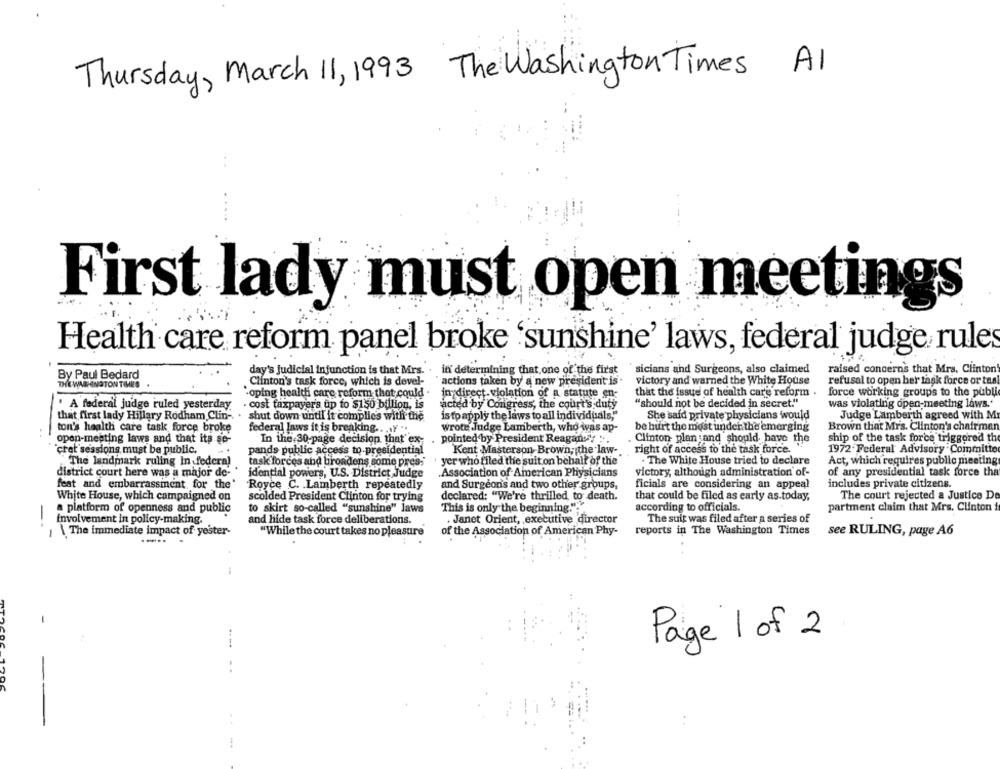
Thursday, March 11, 1993 The Washington Times A1
First lady must open meetings
Health care reform panel broke 'sunshine' laws, federal judge rules
in determining that one of the first
sicians and Surgeons, also claimed
raised concerns that Mrs. Clinton
By Paul Bedard
day's judicial infunction is that Mrs.
THE WASHINGTON THES
Clinton's task force, which is devel-
actions taken by a new president is
victory and warned the White House
refusal to open her task force or tas!
inydirect-violation of a statute en-
that the issue of health care reform .
force working groups to the public
-oping health care reform that could .
. A federal judge ruled yesterday
· cost faxpayer's up to $150 billion, is
acted by Congress, the court's duty
"should not be decided in secret."
was violating open-meeting laws."
that first lady Hillary Rodham Clin -.
shut down until it complies with the
is to apply the laws to all individuals,"
She said private physicians would
Judge Lamberth agreed with Mr
ton's health care task force broke
federal laws it is breaking .. ... ..
wrote Judge Lamberth, who ivas ap-
be hurt the most under the emerging
Brown that Mr's. Clinton's chairman
open-meating laws and that its se-
. pointed by President Reagan:"
Clinton plan and should have the
ship of the task force triggered the
In the 30-page decision that ex-
`cret sessions must be public.
pands public access to presidential
Kent Masterson-Brown, the law-
right of access to the task force.
1972 Federal Advisory Committo
The landmark ruling In federal
task forces abd broadens some press
yer who filed the suit on behalf of the
. The White House tried to declare
Act, which requires public meeting
district court here was a major de-
idential powers, U.S. District Judge
.Association of American Physicians
victory, although administration of-
of any presidential task force tha
feat and embarrassment for the
Royce C. . Lamberth repeatedly
and Surgeon's and two other groups,
ficials are considering an appeal
includes private citizens.
White House, which campaigned on
scolded President Clinton for trying
declared: "We're thrilled, to death.
that could be filed as early as today,
The court rejected a Justice De
This is only the beginning."
according to officials.
partment claim that Mrs. Clinton i
a platform of openness and public
to skirt so-called "sunshine" laws
involvement in policy-making.
and hide task force deliberations.
. Janet Orient, executive director
The suit was filed after a series of
--
of the Association of American Phy-
reports in The Washington Times
see RULING, page A6
/ \The immediate impact of yester-
"While the court takes no pleasure
Page 1 of 2
..